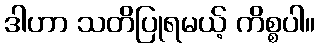
ဒါဟာ သတိပြုရမယ့် ကိစ္စပါ။